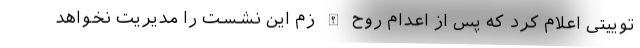
توییتی اعلام کرد که پس از اعدام روح الله زم این نشست را مدیریت نخواهد